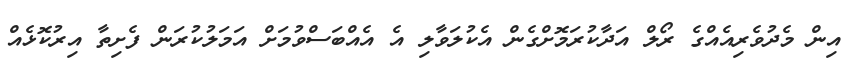
އިން މެދުވެރިއެއްގެ ރޯލް އަދާކުރަމޮށްގެން އެކުލަވާލި އެ އެއްބަސްވުމަށް އަމަލުކުރަން ފެށިތާ އިރުކޮޅެއް